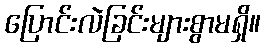
ပြောင်းလဲခြင်းများစွာမရှိ။